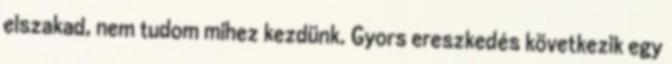
elszakad, nem tudom mihez kezdünk. Gyors ereszkedés következik egy